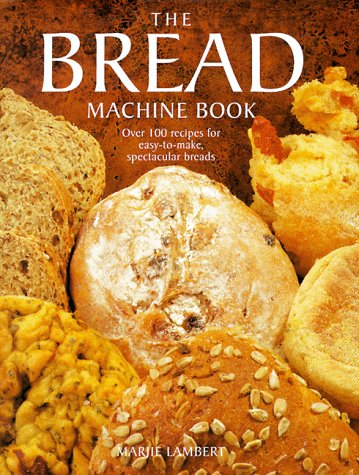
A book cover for The Bread Machine Book; Marjie Lambert; Cookbooks, Food & Wine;